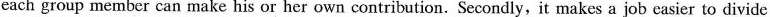
each group member can make his or her own contribution. Secondly,it makes a job easier to divide